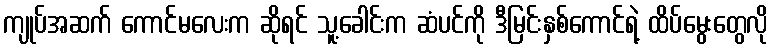
ကျုပ်အဆက် ကောင်မလေးက ဆိုရင် သူ့ခေါင်းက ဆံပင်ကို ဒီမြင်းနှစ်ကောင်ရဲ့ ထိပ်မွေးတွေလို